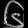
Digit: ၆